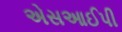
એસઆઈપી